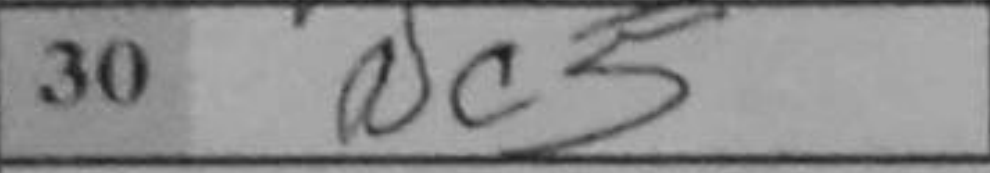
Transcription: Nc5